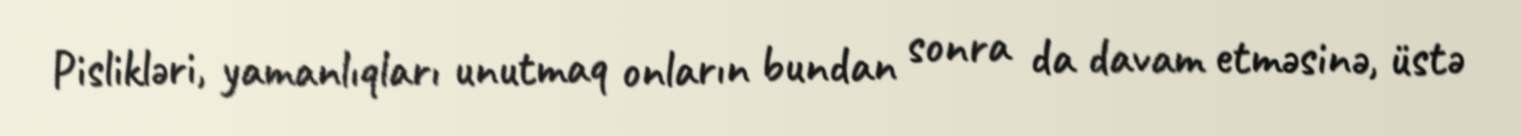
Pislikləri, yamanlıqları unutmaq onların bundan sonra da davam etməsinə, üstə